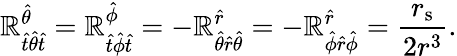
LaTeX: \mathbb{R}^{\hat{{\theta}}}_{{\hat{{t}}}{\hat{{\theta}}}{\hat{{t}}}}=\mathbb{R}^{\hat{{\phi}}}_{{\hat{{t}}}{\hat{{\phi}}}{\hat{{t}}}}=-\mathbb{R}^{\hat{{r}}}_{{\hat{{\theta}}}{\hat{{r}}}{\hat{{\theta}}}}=-\mathbb{R}^{\hat{{r}}}_{{\hat{{\phi}}}{\hat{{r}}}{\hat{{\phi}}}}={\frac{{r_{\mathrm{{s}}}}}{{2r^{3}}}}.